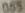
065